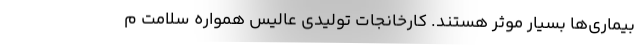
بیماری‌ها بسیار موثر هستند. کارخانجات تولیدی عالیس همواره سلامت م